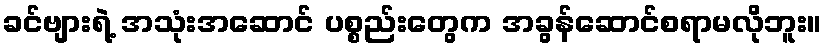
ခင်ဗျားရဲ့ အသုံးအဆောင် ပစ္စည်းတွေက အခွန်ဆောင်စရာမလိုဘူး။